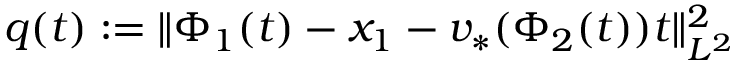
q ( t ) : = \| \Phi _ { 1 } ( t ) - x _ { 1 } - v _ { * } ( \Phi _ { 2 } ( t ) ) t \| _ { L ^ { 2 } } ^ { 2 }